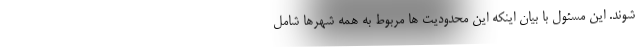
شوند. این مسئول با بیان اینکه این محدودیت ها مربوط به همه شهرها شامل